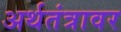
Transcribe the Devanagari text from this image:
अर्थतंत्रावर